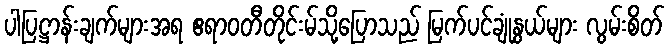
ပါပြဋ္ဌာန်းချက်များအရ ဧရာဝတီတိုင်းမ်သို့ပြောသည် မြက်ပင်ချုံနွယ်များ လွမ်းစိတ်